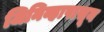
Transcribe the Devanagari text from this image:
जिनिव्हापासून